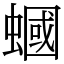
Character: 蟈